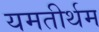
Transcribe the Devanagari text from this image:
यमतीर्थम